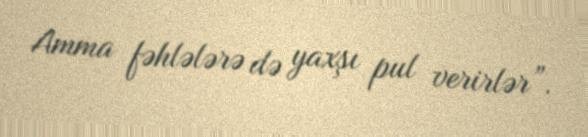
Amma fəhlələrə də yaxşı pul verirlər”.